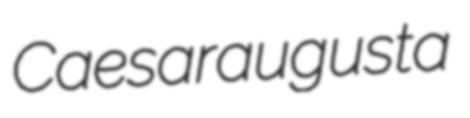
Caesaraugusta